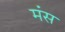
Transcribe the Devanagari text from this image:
मंस